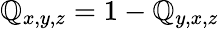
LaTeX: \mathbb{Q}_{x,y,z}=1-\mathbb{Q}_{y,x,z}